Indian journal of veterinary science and animal husbandry - Volume 5,
Year: 1935
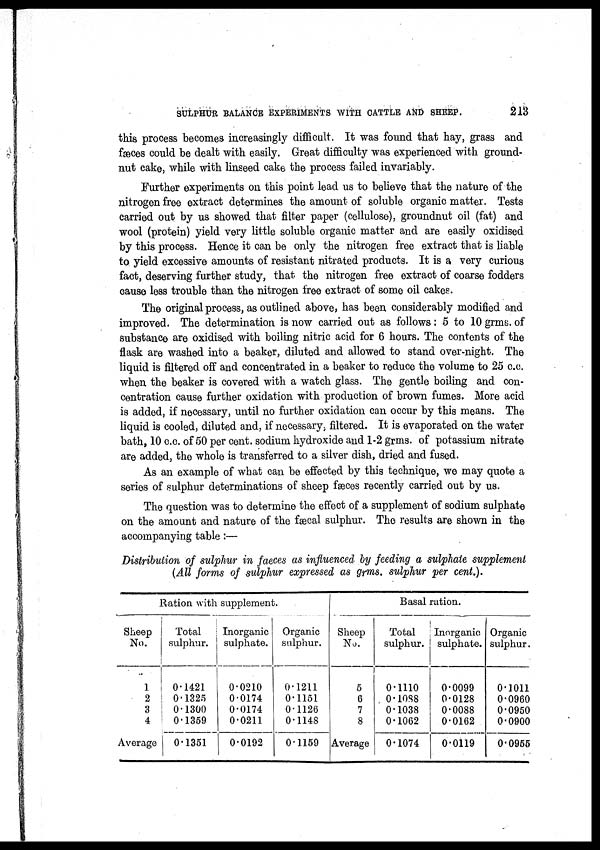
SULPHUR BALANCE EXPERIMENTS WITH CATTLE AND SHEEP.
213
this process becomes increasingly difficult. It was found that hay, grass and
fæces could be dealt with easily. Great difficulty was experienced with ground-
nut cake, while with linseed cake the process failed invariably.
Further experiments on this point lead us to believe that the nature of the
nitrogen free extract determines the amount of soluble organic matter. Tests
carried out by us showed that filter paper (cellulose), groundnut oil (fat) and
wool (protein) yield very little soluble organic matter and are easily oxidised
by this process. Hence it can be only the nitrogen free extract that is liable
to yield excessive amounts of resistant nitrated products. It is a very curious
fact, deserving further study, that the nitrogen free extract of coarse fodders
cause less trouble than the nitrogen free extract of some oil cakes.
The original process, as outlined above, has been considerably modified and
improved. The determination is now carried out as follows : 5 to 10 grms. of
substance are oxidised with boiling nitric acid for 6 hours. The contents of the
flask are washed into a beaker, diluted and allowed to stand over-night. The
liquid is filtered off and concentrated in a beaker to reduce the volume to 25 c.c.
when the beaker is covered with a watch glass. The gentle boiling and con-
centration cause further oxidation with production of brown fumes. More acid
is added, if necessary, until no further oxidation can occur by this means. The
liquid is cooled, diluted and, if necessary ; filtered. It is evaporated on the water
bath, 10 c.c. of 50 per cent. sodium hydroxide and 1-2 grms. of potassium nitrate
are added, the whole is transferred to a silver dish, dried and fused.
As an example of what can be effected by this technique, we may quote a
series of sulphur determinations of sheep fæces recently carried out by us.
The question was to determine the effect of a supplement of sodium sulphate
on the amount and nature of the fæcal sulphur. The results are shown in the
accompanying table:—
Distribution of sulphur in faeces as influenced by feeding a sulphate supplement
(All forms of sulphur expressed as grms. sulphur per cent.).
Sheep
No.
1
2
3
4
Average
Ration with supplemenl
Total
sulphur.
0.1421
0.1325
0.1300
0.1359
0.1351
Inorganic
sulphate.
0.0210
0.0174
0.0174
0.0211
0.0192
Organic
sulphur.
0.1211
0.1151
0.1126
0.1148
0.1159
Sheep
No.
5
6
7
8
Average
Basal ration.
Total
sulphur.
0.1110
0.1088
0.1038
0.1062
0.1074
Inorganic
sulphate.
0.0099
0.0128
0.0088
0.0162
0.0119
Organic
sulphur.
0.1011
0.0960
0.0950
0.0900
0.0955